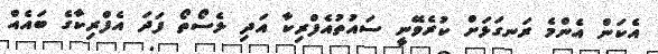
އެކަން އެންމެ ރަނގަޅަށް ކުރެވޭނީ ސައުތުއެފްރިކާ އަދި ލެސޯތޯ ފަދަ އެފްރިކާގެ ބައެއް